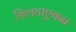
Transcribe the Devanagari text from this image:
चिलटाएवढा